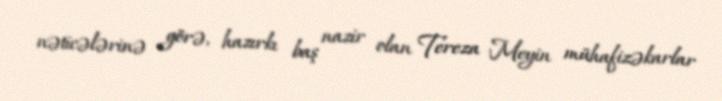
nəticələrinə görə, hazırkı baş nazir olan Tereza Meyin mühafizəkarlar